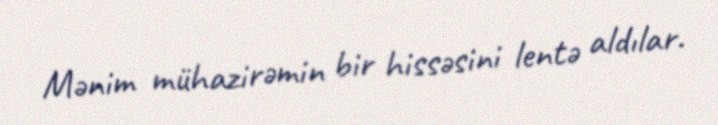
Mənim mühazirəmin bir hissəsini lentə aldılar.